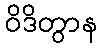
ဝိဒိတွာန